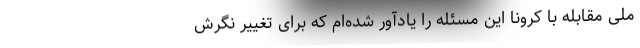
ملی مقابله با کرونا این مسئله را یادآور شده‌ام که برای تغییر نگرش